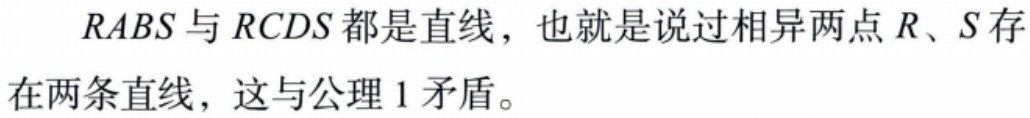
$RABS$与$RCDS$都是直线，也就是说过相异两点$R、S$存在两条直线，这与公理$1$矛盾。